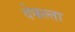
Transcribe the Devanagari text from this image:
वेफल्ता